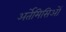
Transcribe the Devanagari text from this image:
अर्तेमिसिओं